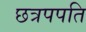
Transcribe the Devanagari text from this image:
छत्रपपति